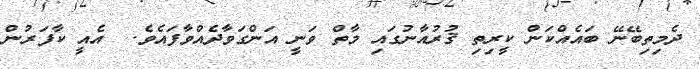
ދެމިތިބޭނޭ ބައެއްކަން ކީރިތި ޤުރުއާނުގައި މާތް ވަނީ އަންގަވާދެއްވާފައެވެ.  އެއީ ކާފަރުން